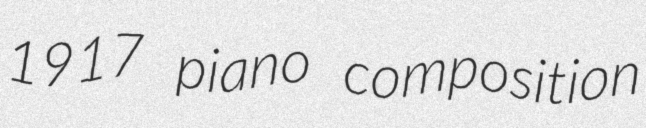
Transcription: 1917 piano composition